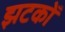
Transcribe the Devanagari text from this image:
झटकोँ